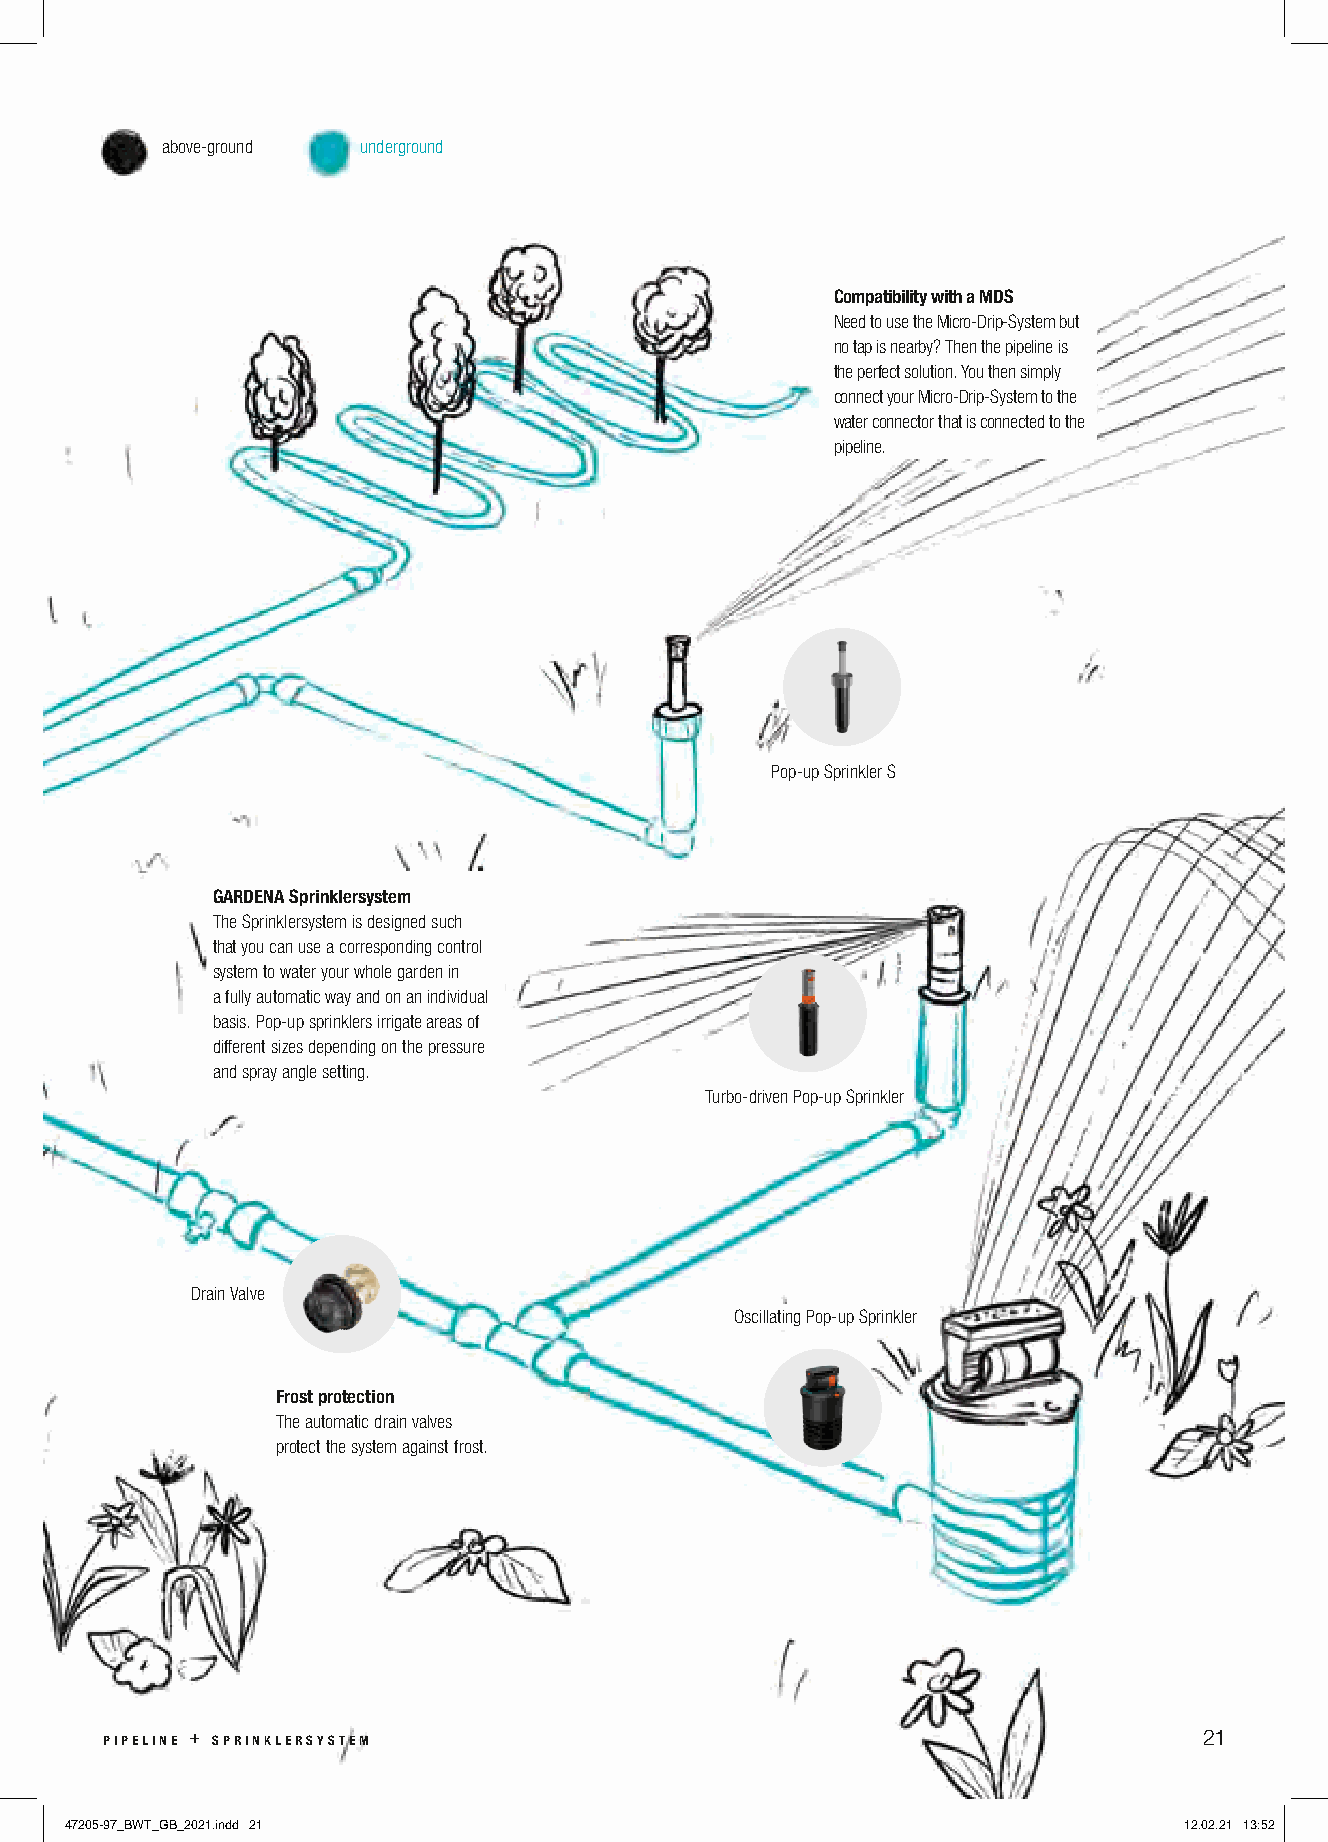
above-ground underground
 Compatibility with a MDS
 Need to use the Micro-Drip-System but
 no tap is nearby? Then the pipeline is
 the perfect solution. You then simply
 connect your Micro-Drip-System to the
 water connector that is connected to the
 pipeline.
 Pop-up Sprinkler S
 GARDENA Sprinklersystem
 The Sprinklersystem is designed such
 that you can use a corresponding control
 system to water your whole garden in
 a fully automatic way and on an individual
 basis. Pop-up sprinklers irrigate areas of
 different sizes depending on the pressure
 and spray angle setting.
 Turbo-driven Pop-up Sprinkler
 Drain Valve
 Oscillating Pop-up Sprinkler
 Frost protection
 The automatic drain valves
 protect the system against frost.
 pipeline + sprinklersystem                                               21
 47205-97_BWT_GB_2021.indd 21                                              12.02.21 13:52